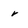
Character: r